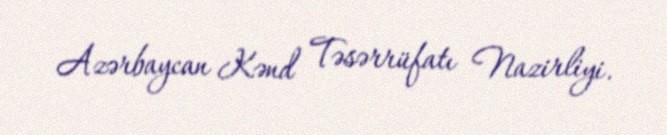
Azərbaycan Kənd Təsərrüfatı Nazirliyi.